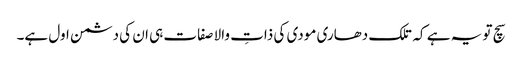
سچ تو یہ ہے کہ تلک دھاری مودی کی ذاتِ والا صفات ہی ان کی دشمن اول ہے۔